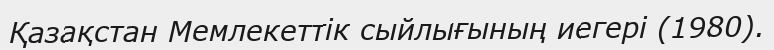
Қазақстан Мемлекеттік сыйлығының иегері (1980).